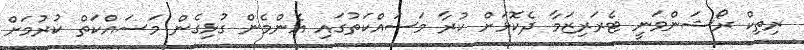
ރިތިކް ރޯޝަންވަނީ ޓެރަރިޒަމާ ދެކޮޅަށް ކުރާ މަސައްކަތުގައި އެންމެން ގުޅިގެން މަސައްކަތް ކުރުމަށް